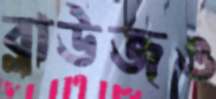
ব্লাউজও